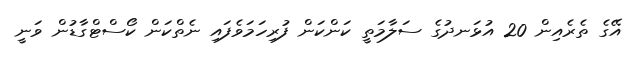
އޭގެ ތެރެއިން 20 އުޅަނދުގެ ސަލާމަތީ ކަންކަން ފުރިހަމަވެފައި ނެތްކަން ކޯސްޓްގާޑުން ވަނީ